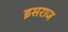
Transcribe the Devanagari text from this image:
इसराज